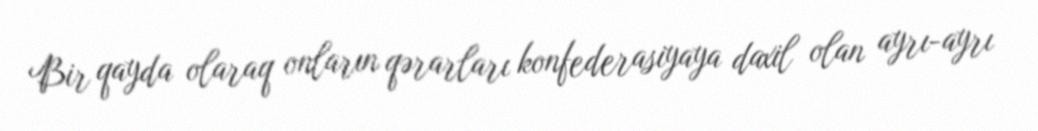
Bir qayda olaraq onların qərarları konfederasiyaya daxil olan ayrı-ayrı